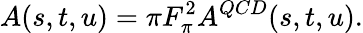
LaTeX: A(s,t,u)=\pi F_{\pi}^{2}A^{QCD}(s,t,u).